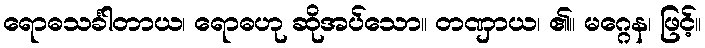
ရောဓသင်္ခါတာယ၊ ရောဓဟု ဆိုအပ်သော။ တဏှာယ၊ ၏။ မဂ္ဂေန၊ ဖြင့်။